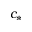
c _ { * }